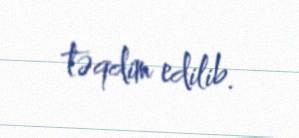
təqdim edilib.